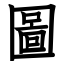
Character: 圖